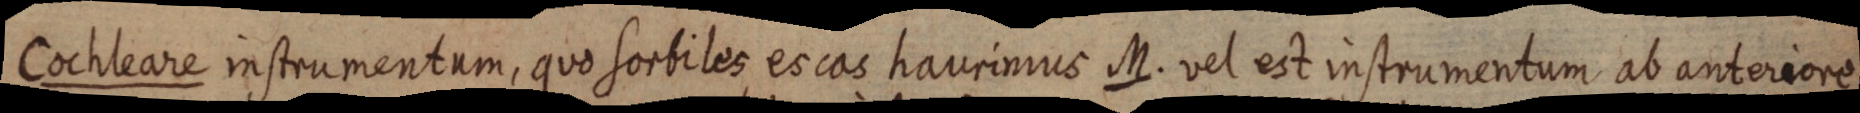
Cochleare instrumentum, quo sorbiles es cas haurimus M. vel est instrumentum ab anteriore